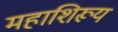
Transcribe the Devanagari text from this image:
महाशिरूय